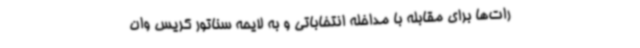
رات‌ها برای مقابله با مداخله انتخاباتی و به لایحه سناتور کریس وان